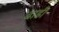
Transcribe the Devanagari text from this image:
ढाडी